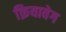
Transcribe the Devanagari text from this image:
क्रियावेग